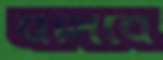
বসিবে